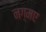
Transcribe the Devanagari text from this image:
नग़्मए